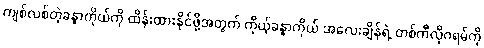
ကျစ်လစ်တဲ့ခန္ဓာကိုယ်ကို ထိန်းထားနိုင်ဖို့အတွက် ကိုယ့်ခန္ဓာကိုယ် အလေးချိန်ရဲ့ တစ်ကီလိုဂရမ်ကို